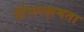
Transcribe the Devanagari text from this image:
दीपनक्षमता